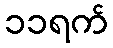
၁၁ရက်